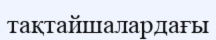
тақтайшалардағы